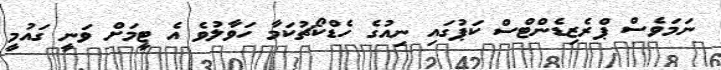
ނަމަވެސް ޕްރެޒިޑެންޓްސް ކަޕުގައި ނިއުގެ ހެޑްކޯޗުކަމާ ހަވާލުވެ އެ ޓީމަށް ވަނީ ގައުމީ